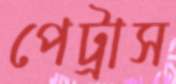
পেট্রাস